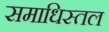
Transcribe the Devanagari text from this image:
समाधिस्तल